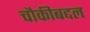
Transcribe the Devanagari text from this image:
चौकीबद्दल